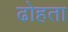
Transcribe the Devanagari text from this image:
ढोहता